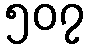
၅၀၇